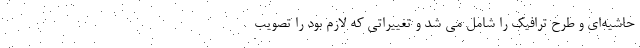
حاشیه‌ای و طرح ترافیک را شامل می شد و تغییراتی که لازم بود را تصویب